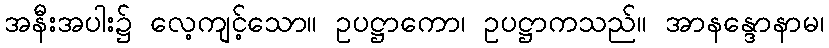
အနီးအပါး၌ လေ့ကျင့်သော။ ဥပဋ္ဌာကော၊ ဥပဋ္ဌာကသည်။ အာနန္ဒောနာမ၊